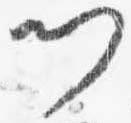
門